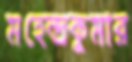
মহেন্দ্রকুমার